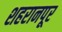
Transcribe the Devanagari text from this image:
शहरानपूर